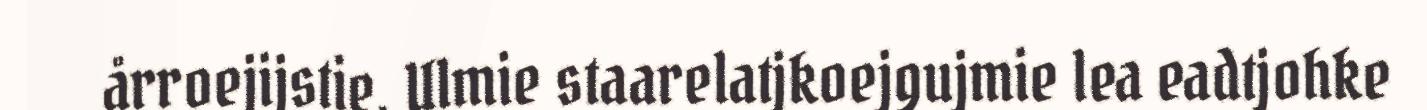
årroejijstie. Ulmie staarelatjkoejgujmie lea eadtjohke